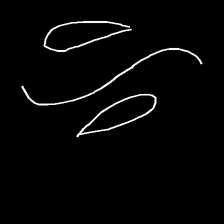
Glyph: water